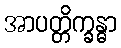
အာပတ္တိက္ခန္ဓာ